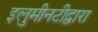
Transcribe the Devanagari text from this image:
इलुमीनटीद्वारा